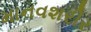
માનવશરીર